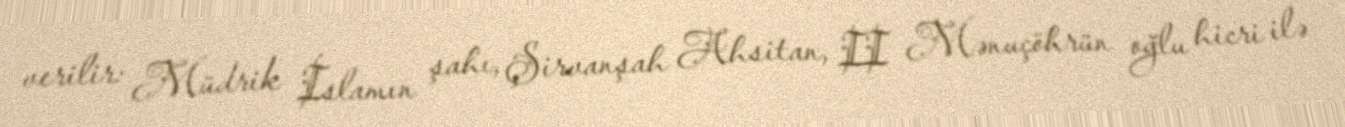
verilir: Müdrik İslamın şahı, Şirvanşah Ahsitan, II Mənuçöhrün oğlu hicri ilə